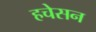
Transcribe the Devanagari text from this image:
हचेसन